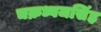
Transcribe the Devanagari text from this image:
चक्रध्वजसिंह